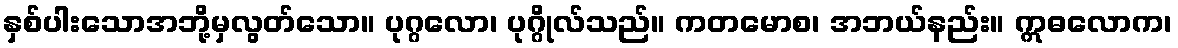
နှစ်ပါးသောအဘို့မှလွတ်သော။ ပုဂ္ဂလော၊ ပုဂ္ဂိုလ်သည်။ ကတမောစ၊ အဘယ်နည်း။ ဣဓလောက၊